Insane asylums in Bengal annual reports 1876-1887 - 1876-1887
Year: 1876
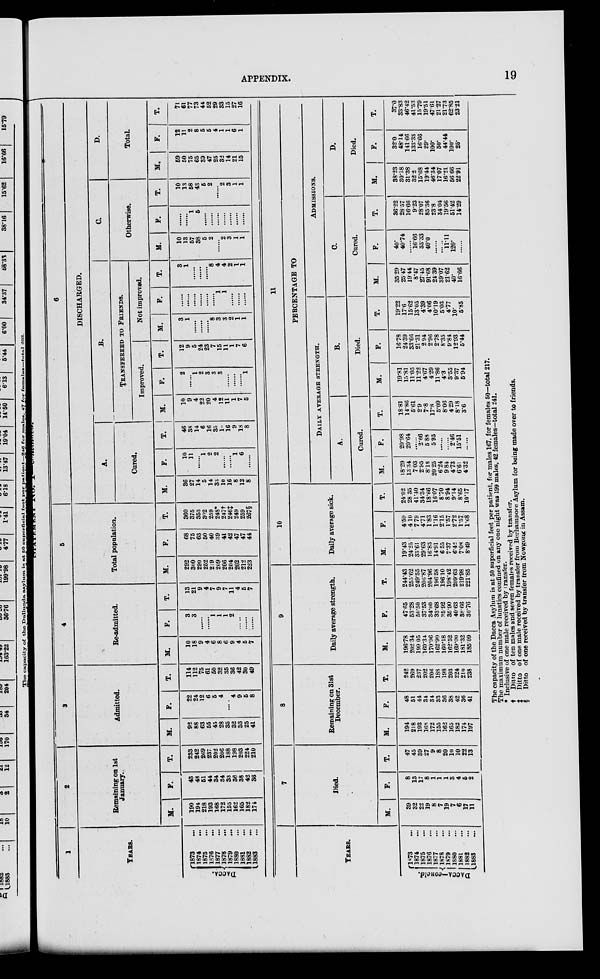
APPENDIX.
19
STATEMENT No I –continued.
1
YEARS.
DACCA.
1873 ...
1874 ...
1875 ...
1876 ...
1877 ...
1878 ...
1879 ...
1880 ...
1881 ...
1882 ...
1883 ...
2
Remaining on 1st
January.
M.
190
194
218
193
168
172
155
162
165
182
174
F.
43
48
51
44
34
34
33
36
38
42
36
T.
233
242
269
237
202
206
188
198
203
224
210
3
Admitted.
M.
92
88
63
55
45
28
35
32
33
25
41
F.
22
24
12
6
5
4
.......
4
9
5
8
T.
114
112
75
61
50
32
35
36
42
30
49
4
Re-admitted.
M.
10
18
9
4
6
8
6
9
4
5
7
F.
3
3
1
1
1
2
T.
13
21
9
4
7
9
7
11
4
5
7
5
Total population.
M.
292
300
290
252
219
209
206
204
202
212
223
F.
68
75
63
50
40
39
41
42
47
47
44
T.
360
375
353
302
259
248*
247†
246‡
249
259
267§
6
DISCHARGED.
A.
Cured.
M.
36
27
14
5
14
33
10
16
8
12
8
F.
10
11
1
2
2
1
6
T.
46
38
14
6
16
35
10
16
9
18
8
B.
TRANSFEREED TO FRIENDS.
Improved.
M.
10
9
4
22
20
4
12
11
1
7
5
F.
2
1
2
3
3
3
1
T.
12
9
5
24
23
7
15
11
1
7
6
Not improved.
M.
3
1
8
3
3
2
1
1
F.
1
1
T.
3
1
8
4
4
2
1
1
C.
Otherwise.
M.
10
13
57
38
5
2
2
3
1
1
F.
1
5
T.
10
13
58
43
5
2
2
3
1
1
D.
Total.
M.
69
50
75
65
39
47
25
32
14
21
15
F.
12
11
2
8
5
5
4
1
1
6
1
T.
71
61
77
73
44
52
29
33
15
27
16
YEARS.
DACCA—concld.
1873 ...
1874 ...
1875 ...
1876 ...
1877 ...
1878 ...
1879 ...
1880 ...
1881 ...
1882 ...
1883 ...
7
Died.
M.
39
32
22
19
8
7
19
7
6
17
11
F.
8
13
17
8
1
1
1
3
4
5
2
T.
47
45
89
27
9
8
20
10
10
22
13
8
Remaining on 31st
December.
M.
194
218
193
168
172
155
162
165
182
174
197
F.
48
51
44
34
34
33
36
38
42
36
41
T.
242
269
237
202
206
188
198
203
224
210
238
9
Daily average strength.
M.
196.78
202.34
199.05
169.34
170.96
162.90
160.18
162.52
169.00
181.32
185.09
F.
47.65
53.28
50.50
37.53
34.00
33.68
35.92
35.90
40.63
38.66
36.76
T.
244.43
255.62
249.55
206.87
204.96
196.58
196.10
198.42
209.63
219.98
221.85
10
Daily average sick.
M.
19.43
24.25
33.61
29.63
16.83
14.91
6.55
7.37
6.42
7.08
8.49
F.
4.59
4.10
7.79
4.71
1.83
1.16
2.15
1.57
2.72
1.57
1.68
T.
24.02
28.35
41.40
34.34
18.66
16.07
8.70
8.94
9.14
8.65
10.17
11
PERCENTAGE TO
DAILY AVERAGE STRENGTH.
A.
Cured.
M.
18.29
13.34
7.03
2.95
8.18
20.25
6.24
9.84
4.73
6.61
4.32
F.
20.98
20.64
2.66
5.88
5.93
2.46
15.51
T.
18.81
14.86
5.61
2.9
7.8
17.8
5.09
8.06
4.29
8.18
3.6
B.
Died.
M.
19.81
15.81
11.05
11.22
4.67
4.29
11.86
4.3
3.55
9.37
5.94
F.
16.78
24.39
33.66
21.31
2.94
2.96
2.78
8.35
9.84
12.93
5.44
T.
19.22
17.6
15.62
13.05
4.39
4.06
10.19
5.03
4.77
10.
5.85
ADMISSIONS.
C.
Cured.
M.
35.29
25.47
19.44
8.47
27.45
91.68
24.39
39.07
21.62
40.
16.66
F.
40.
40.74
.....
16.66
33.33
40.0
.....
.....
11.11
120.
T.
36.22
28.57
16.66
9.23
28.07
85.36
23.8
34.04
19.56
51.42
14.29
D.
Died.
M.
38.23
30.18
31.38
32.2
15.68
19.44
46.34
17.07
16.21
56.66
22.91
F.
32.0
48.14
141.66
133.33
16.66
29.
100.
50.
44.44
100.
25.
T.
37.0
33.83
46.42
41.53
15.79
19.51
47.61
21.27
21.73
62.85
23.21
The capacity of the Dacca Asylum is at 50 superficial feet per patient, for males 167, for females 50—total 217.
The maximum number of lunatics confined on any one night was 199 males, 42 females—total 241.
* Inclusive of one male received by transfer.
† Ditto of ten males and seven females received by transfer.
‡ Ditto of one male received by transfer from Berhampore Asylum for being made over to friends.
§ Ditto of one received by transfer from Nowgong in Assam.